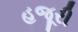
હજૂરી